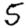
Digit: 5